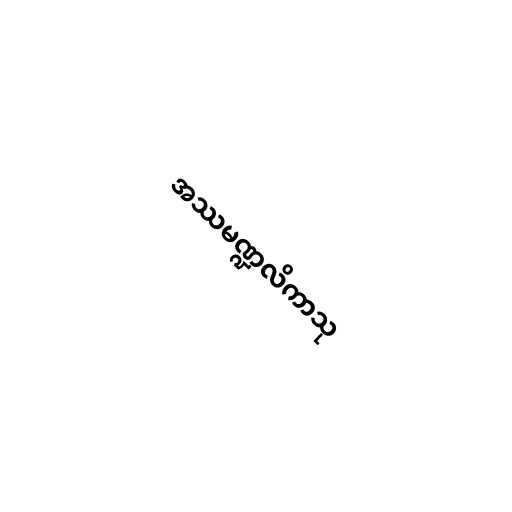
အဿမဏ္ဍလိကာသု